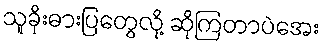
သူခိုးဓားပြတွေလို့ ဆိုကြတာပဲအေး